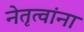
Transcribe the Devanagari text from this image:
नेतृत्वांना